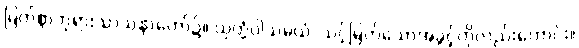
မြတ်စွာဘုရားသာသနာတော်၌။ ယုတ္တံဝါသမယံ၊ သင့်မြတ်သောအခွင့်ကိုလည်းကောင်း။